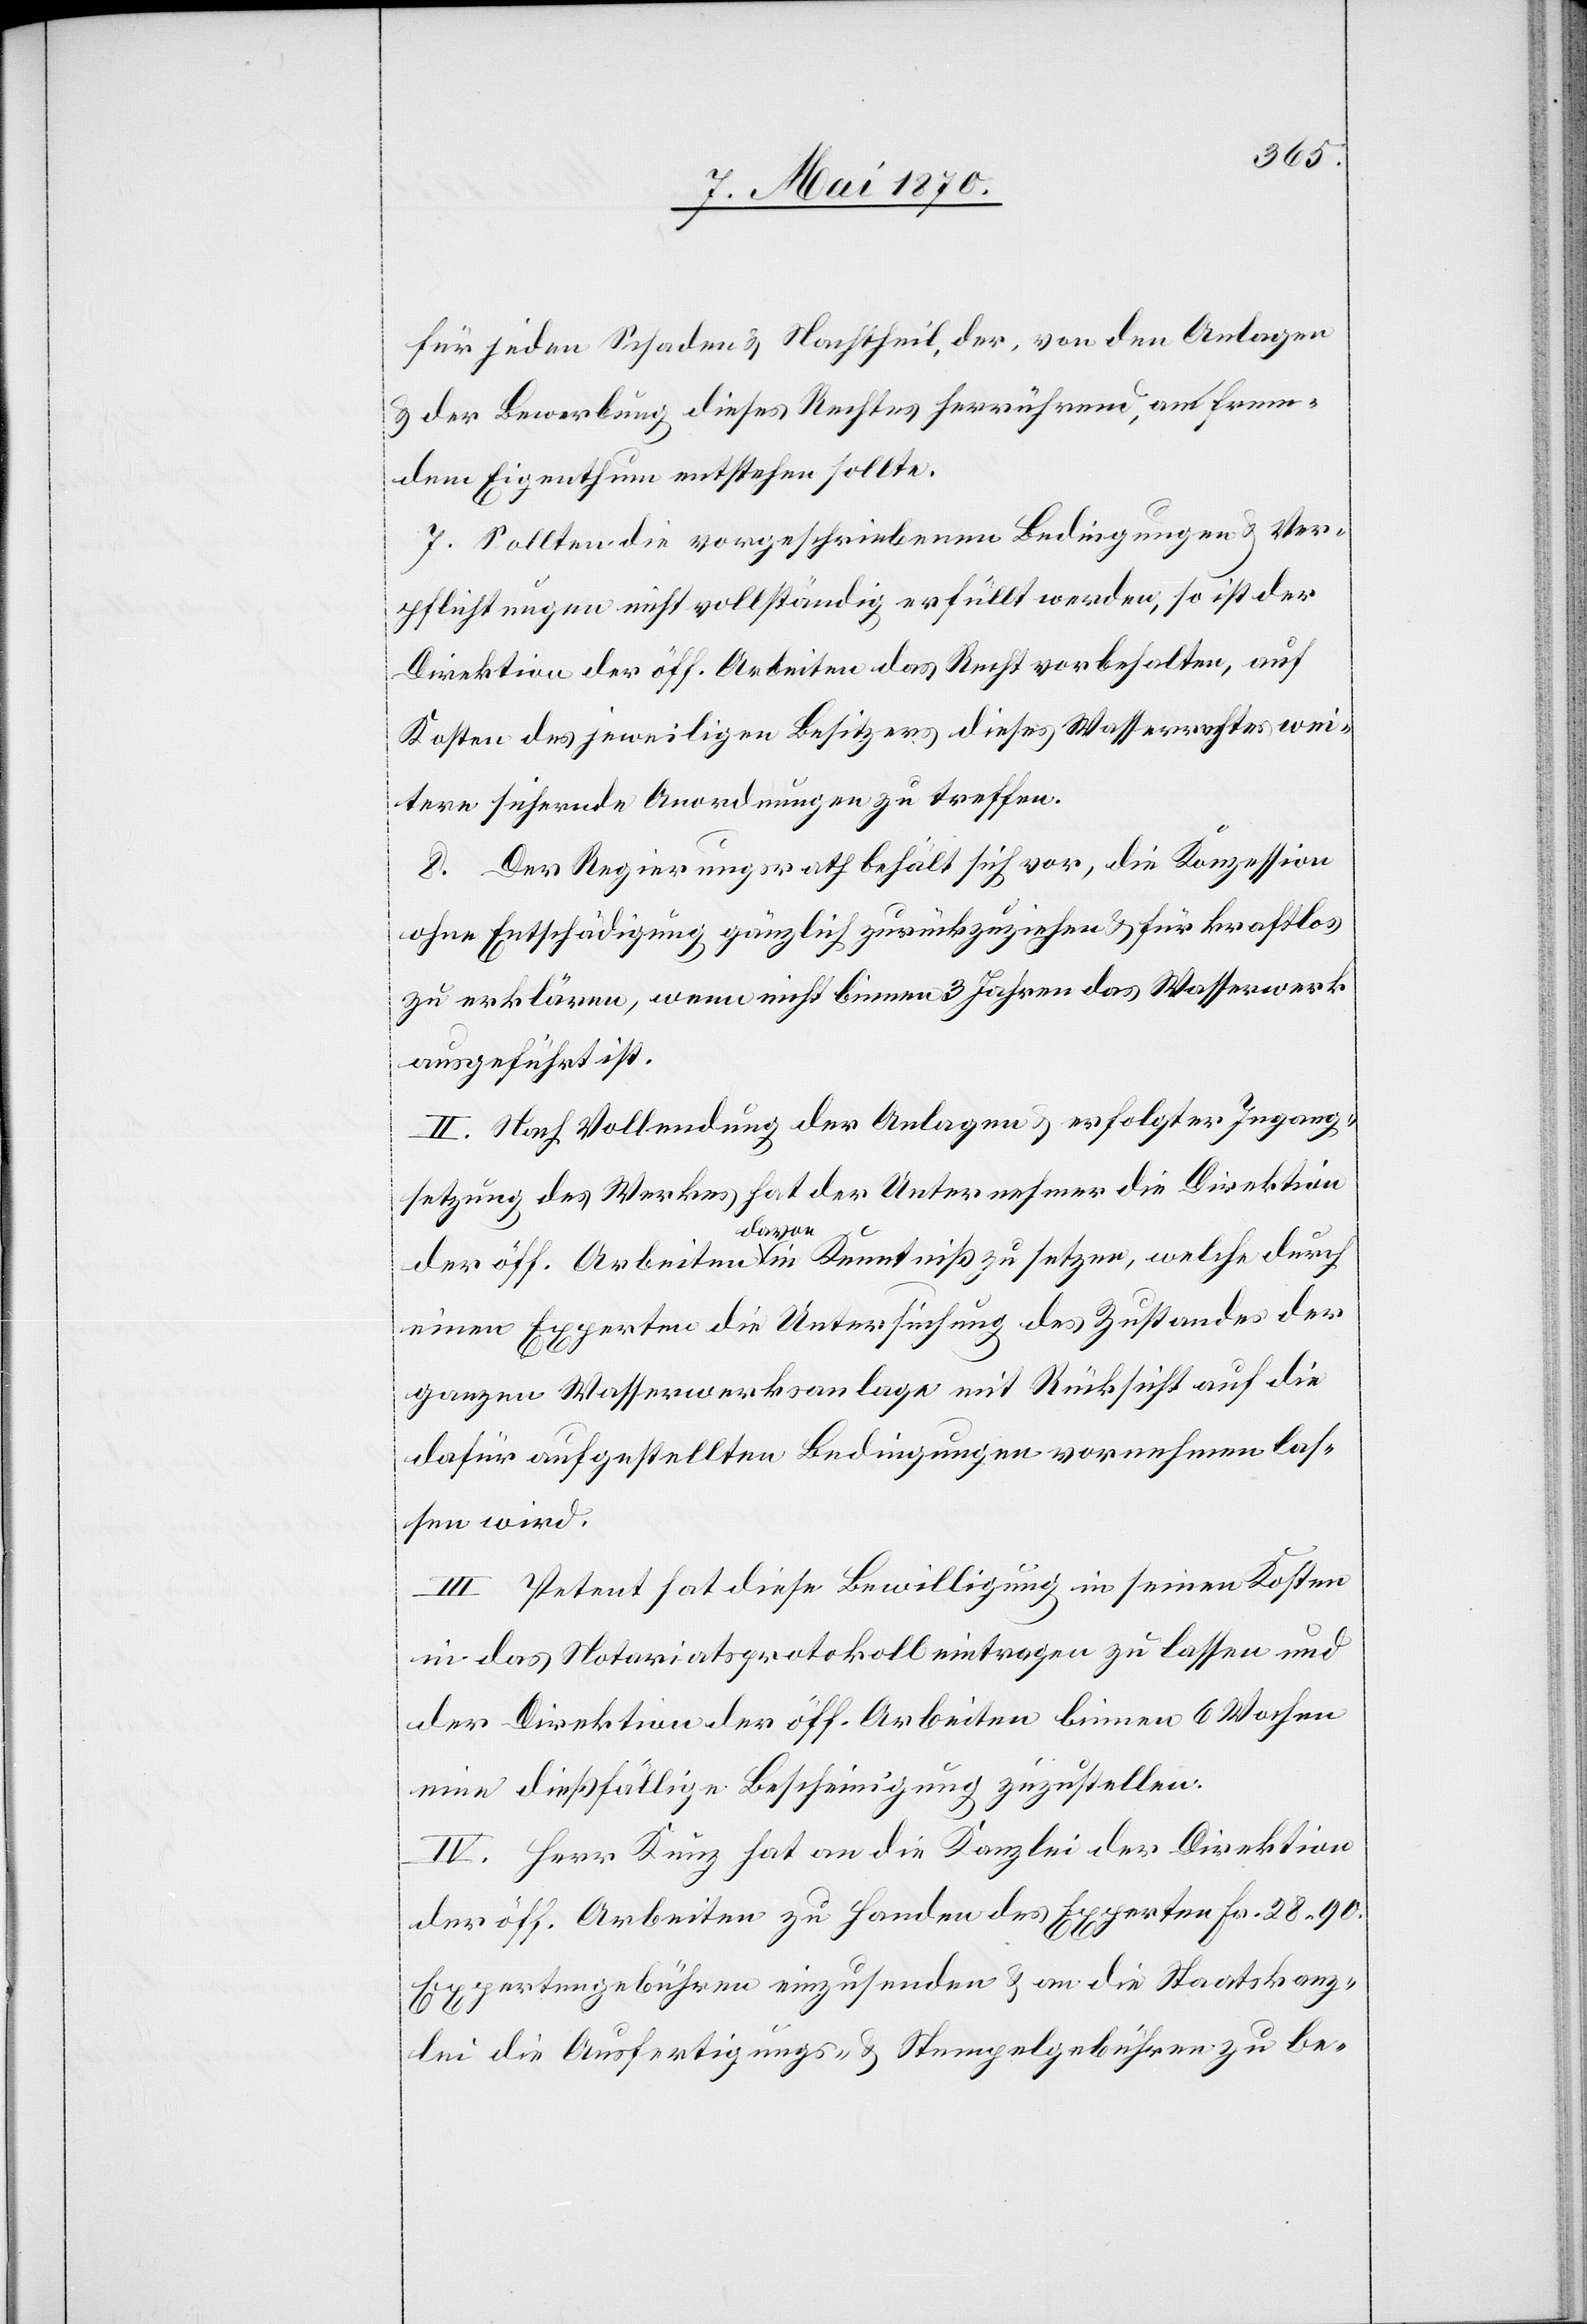
für jeden Schaden & Nachtheil, der, von den Anlagen
& der Bewerbung dieses Rechtes herrührend, an frem¬
dem Eigenthum entstehen sollte.
7. Sollten die vorgeschriebenen Bedingungen & Ver¬
pflichtungen nicht vollständig erfüllt werden, so ist der
Direktion der öff. Arbeiten das Recht vorbehalten, auf
Kosten des jeweiligen Besitzers dieses Wasserrechtes wei¬
tere sichernde Anordnungen zu treffen.
8. Der Regierungsrath behält sich vor, die Konzession
ohne Entschädigung gänzlich zurückzuziehen & für kraftlos
zu erklären, wenn nicht binnen 3 Jahren das Wasserwerk
ausgeführt ist.
II. Nach Vollendung der Anlagen & erfolgter Ingang¬
setzung des Werkes hat der Unternehmer die Direktion
der öff. Arbeiten davon in Kenntniß zu setzen, welche durch
einen Experten die Untersuchung des Zustandes der
ganzen Wasserwerksanlage mit Rücksicht auf die
dafür aufgestellten Bedingungen vornehmen las¬
sen wird.
III. Petent hat diese Bewilligung in seinen Kosten
in das Notariatsprotokoll eintragen zu lassen und
der Direktion der öff. Arbeiten binnen 6 Wochen
eine dießfällige Bescheinigung zuzustellen.
IV. Herr Kunz hat an die Kanzlei der Direktion
der öff. Arbeiten zu Handen des Experten Fr. 28.90
Expertengebühren einzusenden & an die Staatskanz¬
lei die Ausfertigungs- & Stempelgebühren zu be-